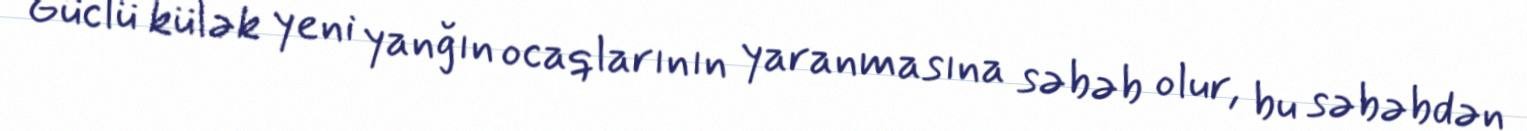
Güclü külək yeni yanğın ocaqlarının yaranmasına səbəb olur, bu səbəbdən